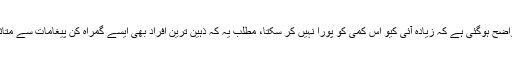
اور اب یہ بات واضح ہوگئی ہے کہ زیادہ آئی کیو اس کمی کو پورا نہیں کر سکتا، مطلب یہ کہ ذہین ترین افراد بھی ایسے گمراہ کن پیغامات سے متاثر ہو سکتے ہیں۔